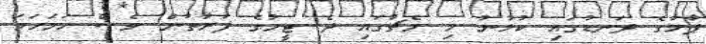
ޕާމާގެ ދަނޑުގައި ކުޅުނު މި މެޗުގައި ދެ ޓީމުގެ ފަރާތުން ވެސް ހަމަހަމަ